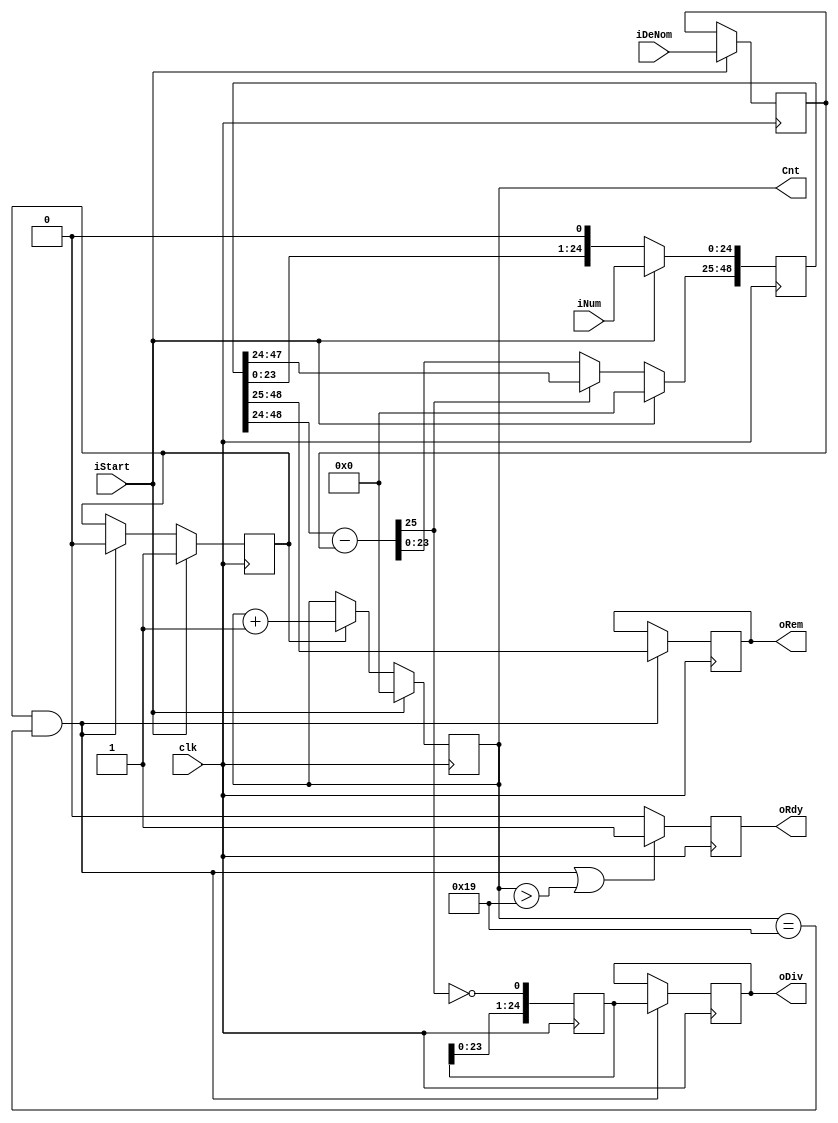
module div (clk, iNum, iDeNom, iStart, oDiv, oRem, oRdy, Cnt);
parameter n=25; // Wire width of numerator
parameter m=24; // Wire width of denomenator
 
input [n-1:0]iNum; // Numerator
input [m-1:0]iDeNom; // Denomenator
input iStart; // Launch of division
input clk; // Clock
 
output reg [n-1:0]oDiv; // Result
output reg [m-1:0]oRem; // Remainder
output reg oRdy; // Readiness of division
 
reg Init; // Flag of working operation
reg [n-1:0]Div; // Internal register for result storage
reg [n+m-1:0]Num; // Internal register for numerator storage
reg [m-1:0]DeNom; // Internal register for denominator storage
 
wire [m-1:0]NomNil=0; // Zeros' wire to append internal numerator at launch
 
output reg [m-1:0]Cnt; // Counter of iterations between launch and finish
 
// Immediate result of substraction
// [m:0] because with [m-1:0] there are possible situations
// when numerator in window lesser than denominator, but
// at the next cycle higher bit will step out from window
wire Carry; // Carry flag
wire [m:0]Sub; // Substraction result
assign {Carry, Sub}={1'b0, Num[n+m-1:n-1]}-{2'b0, DeNom};
 
 /*initial 
begin 
oDiv=0;
oRem=0;
end*/
 // Event processing
 always @(posedge clk)
 begin
  // At launch
  if(iStart) 
    Init<=1; // Enter division cycle
  else if (Init & Cnt==n) 
    Init<=0; // Exit divsion cycle
 
  if(iStart) 
    Num<={NomNil, iNum}; // If new assignment than store numerator at input
  else if(~Carry) // If carry flag is not set
   begin
    Num[n:0]<={Num[n-2:0], 1'b0}; // Shift lower part of numerator to the left  
    Num[n+m-1:n]<=Sub; // Shift substraction result to the left and store at numerator
   end 
  else 
    Num[n+m-1:0]<={Num[n+m-2:0], 1'b0}; // Shift numerator to the left
 
  if(iStart) 
    DeNom[m-1:0]<=iDeNom; // If new assignment than store denomenator at input
 
  if(iStart) 
    Cnt<=0; // Reset counter at launch
  else if(Init)
    Cnt<=Cnt+1; // Otherwise count
 
  // At finish
  if( (Init & Cnt==n) || Cnt > n) 
    oRdy<=1; // Set ready flag at finish
  else 
    oRdy<=0;
 
  if(Init & Cnt==n) 
    oDiv<=Div; // Store division result at finish
  if(Init & Cnt==n) 
    oRem<=Num[n+m-1:n]; // Store remainder at finish
 
  // Always
  Div[n-1:1]<=Div[n-2:0]; // Shift result to the left
  Div[0]<=~Carry; // Add new bit to result
 end
 
endmodule